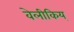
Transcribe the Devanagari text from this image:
वेलीकिय्